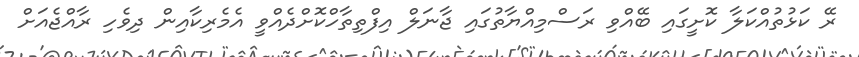
ރޭ ކަޅުތުއްކަލާ ކޮށީގައި ބޭއްވި ރަސްމިއްޔާތުގައި ޖާނަލް އިފްތިތާހްކޮށްދެއްވީ އެމެރިކާއިން ދިވެހި ރާއްޖެއަށް